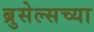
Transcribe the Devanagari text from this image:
ब्रुसेल्सच्या